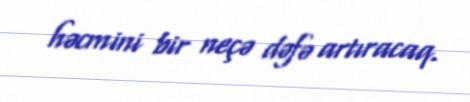
həcmini bir neçə dəfə artıracaq.